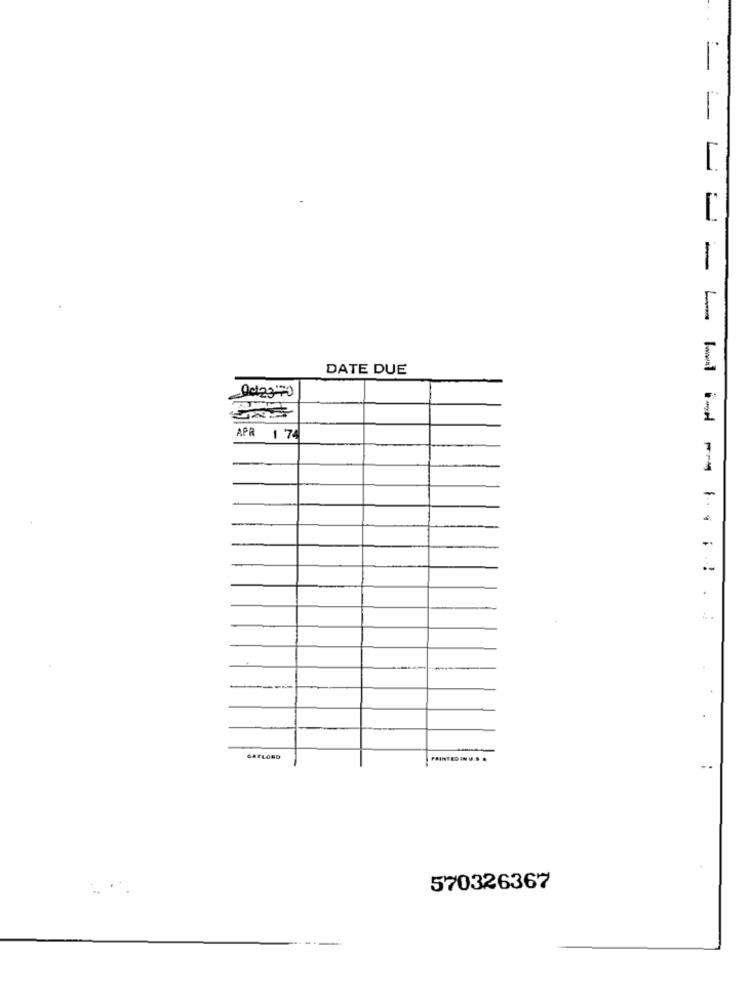
= =
DATE DUE
APR 1 74
GAYLORD
PRINTED IN U.
570326367